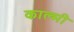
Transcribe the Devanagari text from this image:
काल्मी